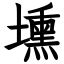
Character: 壎